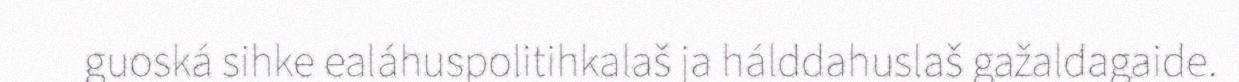
guoská sihke ealáhuspolitihkalaš ja hálddahuslaš gažaldagaide.